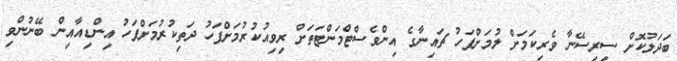
ބަދަލުކޮށް ސިރިސޭނާ ވެރިކަމަށް ލުމަށްފަހު ޗައިނާގެ އިންވެސްޓްމަންޓަތަށް ރިވިއުކުރުމަށްފަހު ދަތިކުރުމަށްފަހު އިންޑިއާއިން ބޭނުންވި